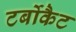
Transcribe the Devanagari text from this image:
टर्बोकैट